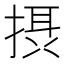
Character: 摂